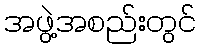
အဖွဲ့အစည်းတွင်